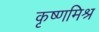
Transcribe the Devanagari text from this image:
कृष्णमिश्र